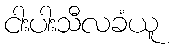
ငါးပါးသီလခံယူ